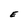
Character: E